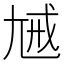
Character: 𡯰